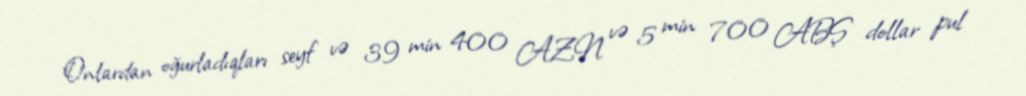
Onlardan oğurladıqları seyf və 39 min 400 AZN və 5 min 700 ABŞ dollar pul